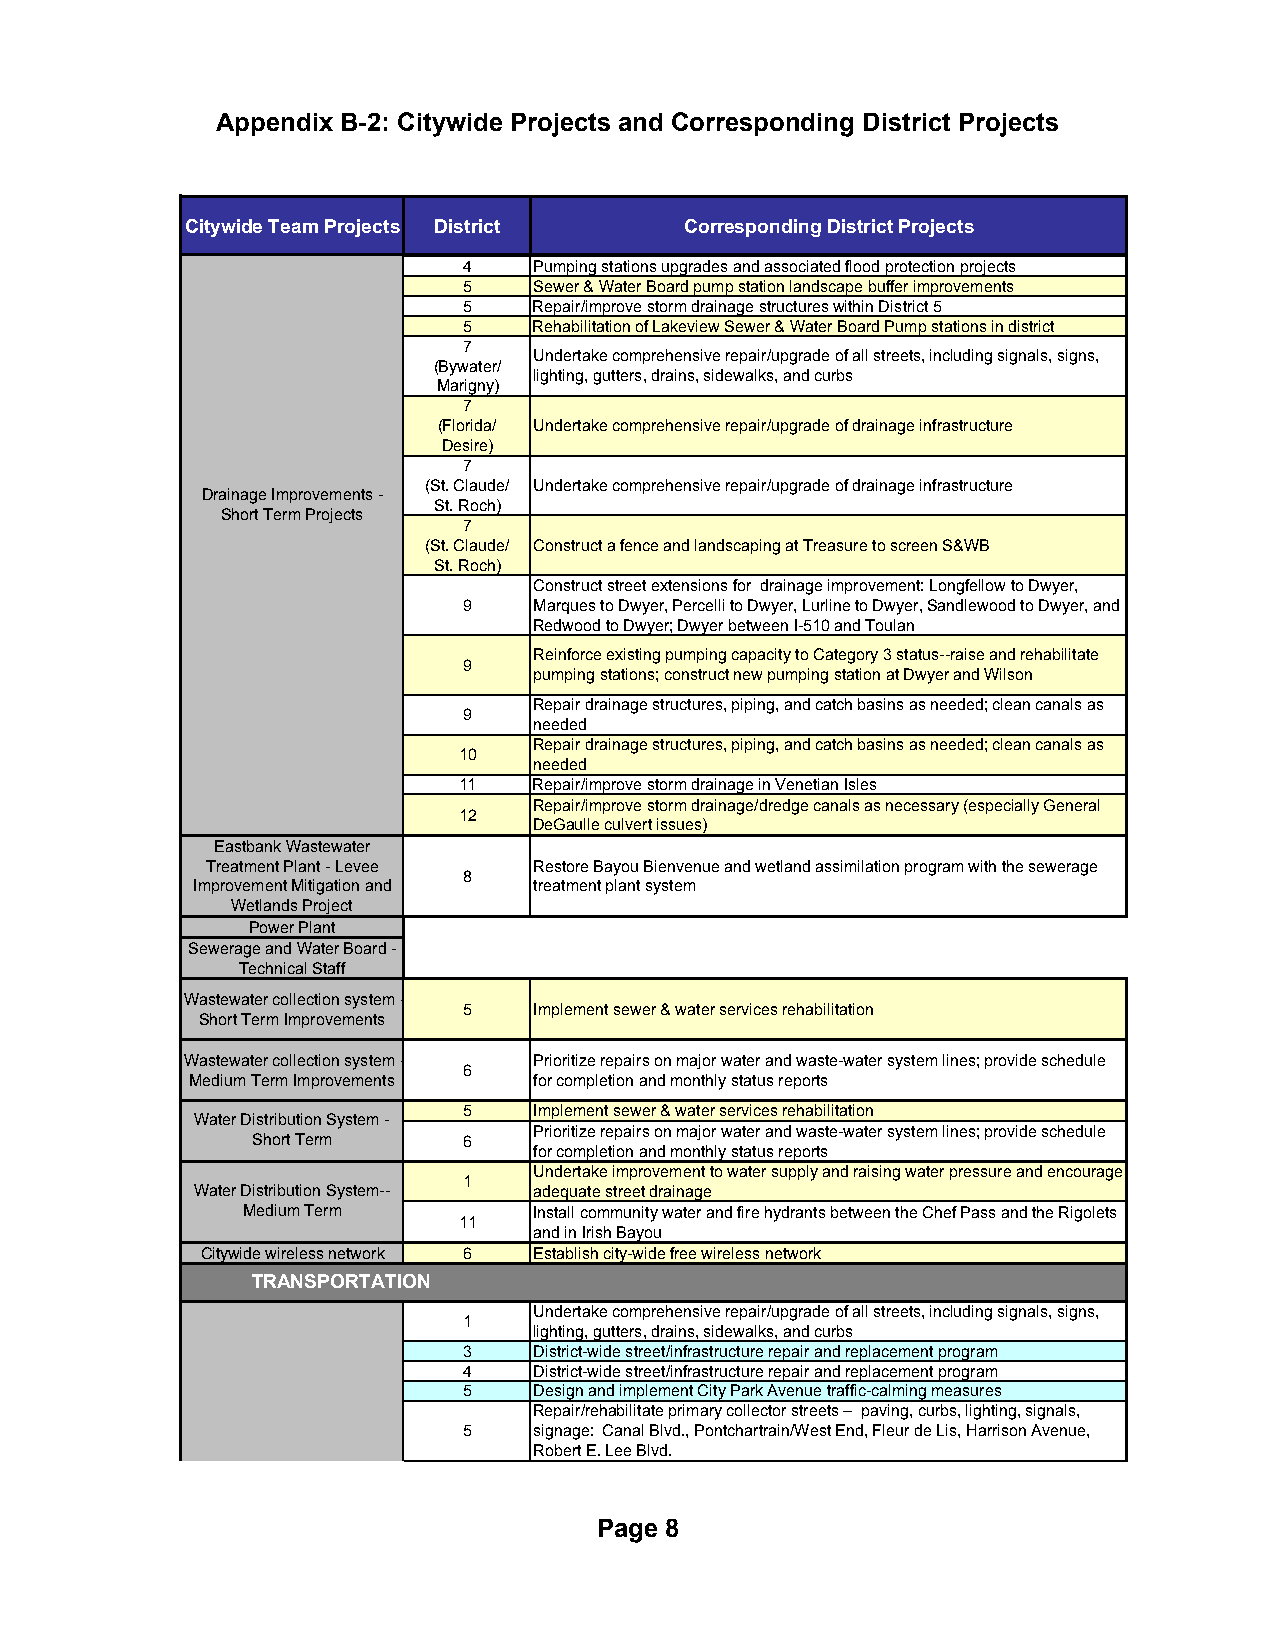
Appendix B-2: Citywide Projects and Corresponding District Projects
 Citywide Team Projects District  Corresponding District Projects
 4   Pumping stations upgrades and associated flood protection projects
 5   Sewer & Water Board pump station landscape buffer improvements
 5   Repair/improve storm drainage structures within District 5
 5   Rehabilitation of Lakeview Sewer & Water Board Pump stations in district
 7
 Undertake comprehensive repair/upgrade of all streets, including signals, signs,
 (Bywater/
 lighting, gutters, drains, sidewalks, and curbs
 Marigny)
 7
 (Florida/ Undertake comprehensive repair/upgrade of drainage infrastructure
 Desire)
 7
 (St. Claude/ Undertake comprehensive repair/upgrade of drainage infrastructure
 Drainage Improvements -
 St. Roch)
 Short Term Projects
 7
 (St. Claude/ Construct a fence and landscaping at Treasure to screen S&WB
 St. Roch)
 Construct street extensions for drainage improvement: Longfellow to Dwyer,
 9   Marques to Dwyer, Percelli to Dwyer, Lurline to Dwyer, Sandlewood to Dwyer, and
 Redwood to Dwyer; Dwyer between I-510 and Toulan
 Reinforce existing pumping capacity to Category 3 status--raise and rehabilitate
 9
 pumping stations; construct new pumping station at Dwyer and Wilson
 Repair drainage structures, piping, and catch basins as needed; clean canals as
 9
 needed
 Repair drainage structures, piping, and catch basins as needed; clean canals as
 10
 needed
 11   Repair/improve storm drainage in Venetian Isles
 Repair/improve storm drainage/dredge canals as necessary (especially General
 12
 DeGaulle culvert issues)
 Eastbank Wastewater
 Treatment Plant - Levee Restore Bayou Bienvenue and wetland assimilation program with the sewerage
 8
 Improvement Mitigation and treatment plant system
 Wetlands Project
 Power Plant
 Sewerage and Water Board -
 Technical Staff
 Wastewater collection system -
 5   Implement sewer & water services rehabilitation
 Short Term Improvements
 Wastewater collection system - Prioritize repairs on major water and waste-water system lines; provide schedule
 6
 Medium Term Improvements for completion and monthly status reports
 5   Implement sewer & water services rehabilitation
 Water Distribution System -
 Prioritize repairs on major water and waste-water system lines; provide schedule
 Short Term    6
 for completion and monthly status reports
 Undertake improvement to water supply and raising water pressure and encourage
 1
 Water Distribution System-- adequate street drainage
 Medium Term        Install community water and fire hydrants between the Chef Pass and the Rigolets
 11
 and in Irish Bayou
 Citywide wireless network 6 Establish city-wide free wireless network
 TRANSPORTATION
 Undertake comprehensive repair/upgrade of all streets, including signals, signs,
 1
 lighting, gutters, drains, sidewalks, and curbs
 3   District-wide street/infrastructure repair and replacement program
 4   District-wide street/infrastructure repair and replacement program
 5   Design and implement City Park Avenue traffic-calming measures
 Repair/rehabilitate primary collector streets – paving, curbs, lighting, signals,
 5   signage: Canal Blvd., Pontchartrain/West End, Fleur de Lis, Harrison Avenue,
 Robert E. Lee Blvd.
 Page 8